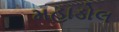
મહાડોલ